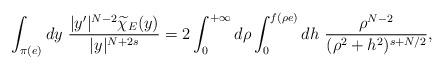
LaTeX: \begin{align*}\int_{\pi(e)} dy \ \frac{|y'|^{N-2} \widetilde\chi_E(y)}{|y|^{N+2s}}=2\int_0^{+\infty}d\rho\int_{0}^{f(\rho e)} dh \ \frac{\rho^{N-2} }{(\rho^2+h^2)^{s+N/2}},\end{align*}